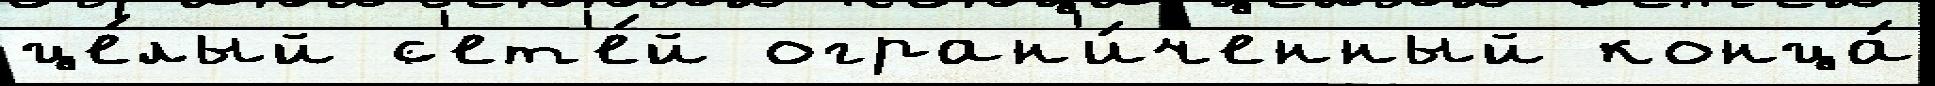
це́лый с'ет'е́й огран'и́ченный конца́